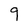
Character: 9